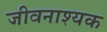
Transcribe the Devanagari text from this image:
जीवनाश्यक